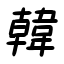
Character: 韓